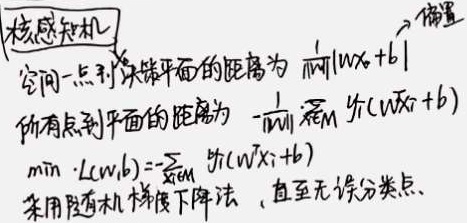
核感知机空间一点到决策平面的距离为\(\frac{1}{\|w\|}|wx_{0} + b|\)。所有点到平面的距离为\(-\frac{1}{\|w\|}\sum_{x_{i}\in M} y_{i}(wx_{i} + b)\)。

\(\min -L(w,b)=-\sum_{x_{i}\in M} y_{i}(wx_{i} + b)\)，采用随机梯度下降法，直至无误分类点。